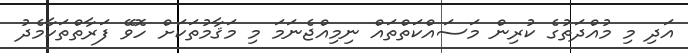
އަދި މި މުއްދަތުގެ ކުރިން މަސައްކަތްތައް ނިމިއްޖެނަމަ މި މަޤާމުތަކަށް ހޮވޭ ފަރާތްތަކާމެދު